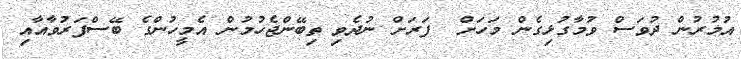
އުމުރުން ދުވަސް ވުމާގުޅިގެން މަހަށް  ފަރަށް ނުދެވި ތިބޭންޖެހުމުން އެމީހުންގެ ބޭސްފަރުވާއާއި